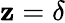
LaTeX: \mathbf{z}=\delta